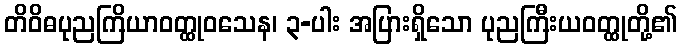
တိဝိဓပုညကြိယာဝတ္ထုဝသေန၊ ၃-ပါး အပြားရှိသော ပုညကြီးယဝတ္ထုတို့၏